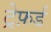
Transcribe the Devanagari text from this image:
ट्रेफ़र्ड